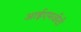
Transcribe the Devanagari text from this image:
आईएमजीटी